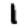
Digit: 1